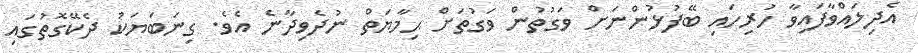
އެދިލައްވާފައިވާ ހުރިހައި ބޭފުޅުންނަށް ވަގުތުން ވަގުތަށް ޙިމާޔަތް ނުދެވިދާނެ އެވެ. ގިނަބަޔަކު ދެކޭގޮތުގައި